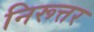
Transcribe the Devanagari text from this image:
निरूत्तर